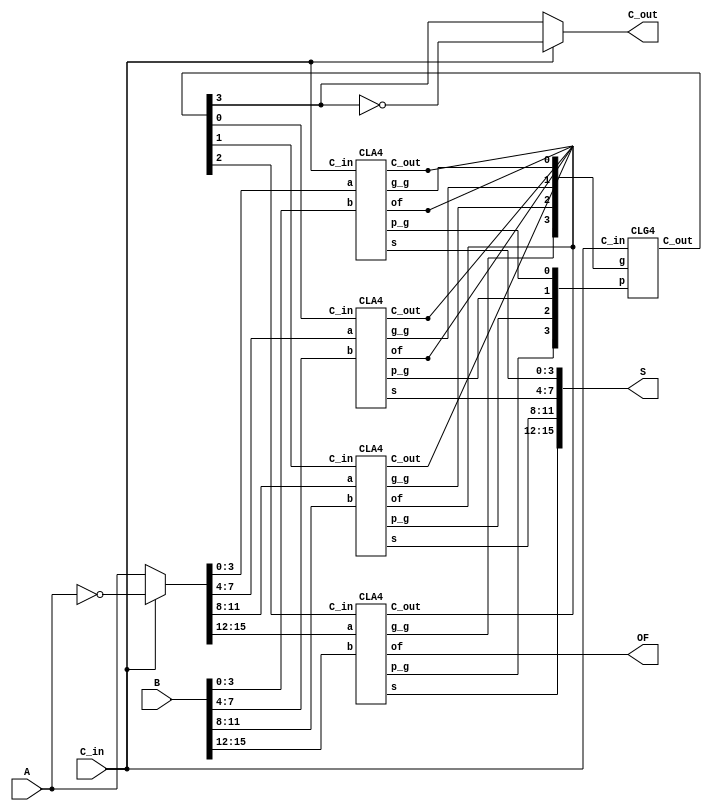
module CLA_16Bit
(
input [15:0] A, 
input [15:0] B, 
input 	C_in,			// if 0 --> add, 1 --> sub
output [15:0] S, 		// sum
output	C_out, 			// borrow if C_in = 1 (subtract)
output	OF			// overflow
//output [15:0] A_in
);

wire [3:0] C_out_LCU;		// carry
wire [3:0] P;
wire [3:0] G;

wire [15:0] A_l;		// if C_in = 1, inverse of A
wire [15:0] A_in;
wire C_temp;
//--------- assign A_1, C_out using C_in condition --------------

assign A_l = ~A;
assign A_in = C_in ? A_l : A;

assign C_out = C_in ? !C_out_LCU[3] : C_out_LCU[3];

//---------------------------------------------------------------


CLG4 clg4(.C_in(C_in), .p(P), .g(G), .C_out(C_out_LCU));
CLA4 cla4_0(.a(A_in[3:0]), .b(B[3:0]), .C_in(C_in), .s(S[3:0]), .C_out(), .p_g(P[0]), .g_g(G[0]), .of());
CLA4 cla4_1(.a(A_in[7:4]), .b(B[7:4]), .C_in(C_out_LCU[0]), .s(S[7:4]), .C_out(), .p_g(P[1]), .g_g(G[1]), .of());
CLA4 cla4_2(.a(A_in[11:8]), .b(B[11:8]), .C_in(C_out_LCU[1]), .s(S[11:8]), .C_out(), .p_g(P[2]), .g_g(G[2]), .of());
CLA4 cla4_3(.a(A_in[15:12]), .b(B[15:12]), .C_in(C_out_LCU[2]), .s(S[15:12]), .C_out(), .p_g(P[3]), .g_g(G[3]), .of(OF));

endmodule




module CLG4
(
input C_in,
input [3:0] p, 
input [3:0] g,
output [3:0] C_out
);

//-------- assign carry out ------------------------------------


assign C_out[0] = g[0] | (p[0] & C_in);
assign C_out[1] = g[1] | (p[1] & g[0]) | (p[1] & p[0] & C_in);
assign C_out[2] = g[2] | (p[2] & g[1]) | (p[2] & p[1] & g[0]) | (p[2] & p[1] & p[0] & C_in);
assign C_out[3] = g[3] | (p[3] & g[2]) | (p[3] & p[2] & g[1]) | (p[3] & p[2] & p[1] & g[0]) | (p[3] & p[2] & p[1] & p[0] & C_in);

//--------------------------------------------------------------

endmodule


module CLA4
(
input [3:0] a,
input [3:0] b,
input C_in,
output [3:0] s,
output C_out,
output p_g,
output g_g,
output of
);

wire [3:0] p;
wire [3:0] g;
wire [3:0] c;

//-------- assign each bits of g, p, s -------------------------

assign p = a ^ b;
assign g = a & b; 

//--------------------------------------------------------------


//-------- assign group p, group g, Carry_out, overflow --------

assign of = c[3] ^ c[2];
assign C_out = c[3];

assign p_g = p[0] & p[1] & p[2] & p[3];
assign g_g = g[3] | (p[3] * g[2]) | (p[3] * p[2] * g[1]) | (p[3] * p[2] * p[1] * g[0]);

assign s[3] = p[3] ^ c[2];
assign s[2] = p[2] ^ c[1];
assign s[1] = p[1] ^ c[0];
assign s[0] = p[0] ^ C_in;


//--------------------------------------------------------------


//-------- CLG_4bit --------------------------------------------
CLG4 clg4(.C_in(C_in),
    .p(p), 
    .g(g),
    .C_out(c)
);



endmodule